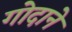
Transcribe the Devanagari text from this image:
गोदाने